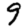
Digit: 9